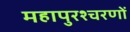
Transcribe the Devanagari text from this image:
महापुरश्चरणों